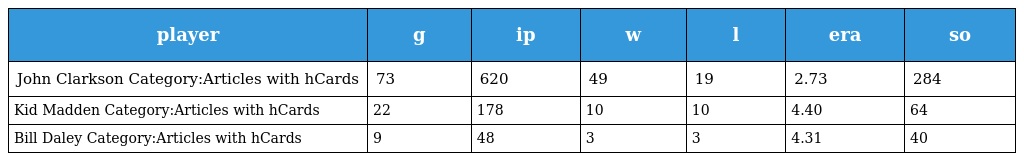
| player | g | ip | w | l | era | so |
 | --- | --- | --- | --- | --- | --- | --- |
 | John Clarkson Category:Articles with hCards | 73 | 620 | 49 | 19 | 2.73 | 284 |
 | Kid Madden Category:Articles with hCards | 22 | 178 | 10 | 10 | 4.40 | 64 |
 | Bill Daley Category:Articles with hCards | 9 | 48 | 3 | 3 | 4.31 | 40 |